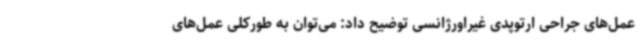
عمل‌های جراحی ارتوپدی غیراورژانسی توضیح داد: می‌توان به طورکلی عمل‌های